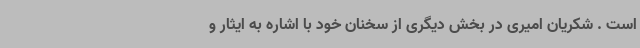
است . شکریان امیری در بخش دیگری از سخنان خود با اشاره به ایثار و